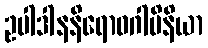
ဥပါဒါနနိရောဓဂါမိနိယာ